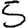
Digit: 5